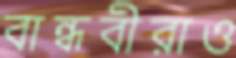
বান্ধবীরাও